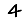
Digit: 4